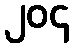
၂၀၄